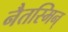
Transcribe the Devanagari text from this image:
नैतस्मिन्